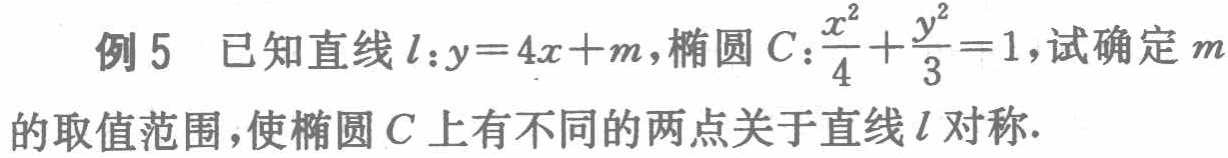
例5 已知直线\(l:y = 4x + m\)，椭圆\(C:\frac{x^{2}}{4}+\frac{y^{2}}{3}=1\)，试确定\(m\)的取值范围，使椭圆\(C\)上有不同的两点关于直线\(l\)对称.